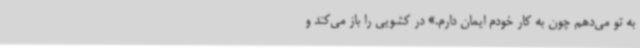
به تو می‌دهم چون به کار خودم ایمان دارم.» در کشویی را باز می‌کند و